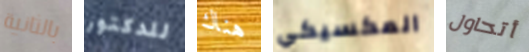
بالثانية للدكتور هناك المكسيكي أتحاول